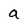
Character: a